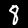
Label: 8